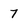
Character: 7